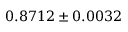
0 . 8 7 1 2 \pm 0 . 0 0 3 2